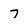
Character: 7